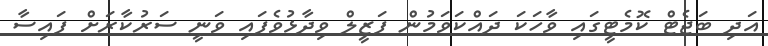
އަދި ބަޖެޓް ކޮމެޓީގައި ވާހަކަ ދައްކަވަމުން ފަޒީލް ވިދާޅުވެފައި ވަނީ ސަރުކާރަށް ފައިސާ